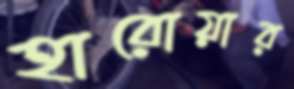
হারোয়ার